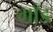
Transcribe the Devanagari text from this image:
गाँड